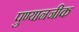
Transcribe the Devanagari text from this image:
पुण्यानजीक